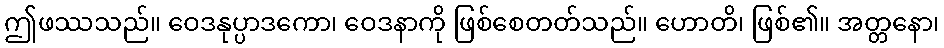
ဤဖဿသည်။ ဝေဒနုပ္ပာဒကော၊ ဝေဒနာကို ဖြစ်စေတတ်သည်။ ဟောတိ၊ ဖြစ်၏။ အတ္တနော၊